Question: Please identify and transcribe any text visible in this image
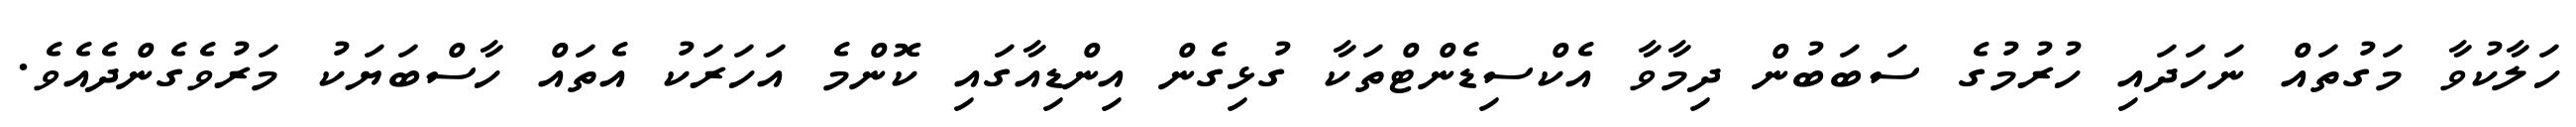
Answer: ހަލާކުވާ މަގުތައް ނަހަދައި ހުރުމުގެ ސަބަބުން ދިމާވާ އެކްސިޑެންޓްތަކާ ގުޅިގެން އިންޑިއާގައި ކޮންމެ އަހަރަކު އެތައް ހާސްބަޔަކު މަރުވެގެންދެއެވެ.